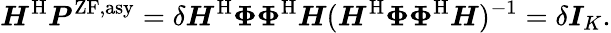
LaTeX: \boldsymbol{H}^{\mathrm{H}}\boldsymbol{P}^{\mathrm{ZF,asy}}=\delta\boldsymbol{H}^{\mathrm{H}}\boldsymbol{\Phi}\boldsymbol{\Phi}^{\mathrm{H}}\boldsymbol{H}(\boldsymbol{H}^{\mathrm{H}}\boldsymbol{\Phi}\boldsymbol{\Phi}^{\mathrm{H}}\boldsymbol{H})^{-1}=\delta\boldsymbol{I}_{K}.